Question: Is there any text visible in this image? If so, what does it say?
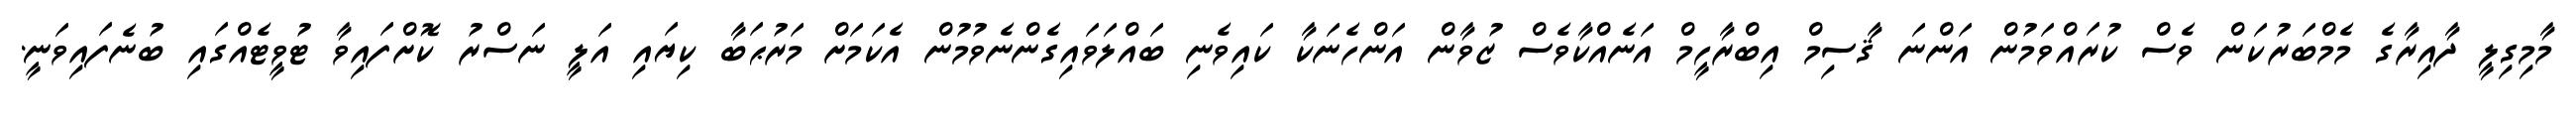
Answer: މާމިގިލީ ދާއިރާގެ މެމްބަރުކަން ވެސް ކުރައްވަމުން އަންނަ ޤާސިމް އިބްރާހީމް އަނެއްކާވެސް ޒުވާން އަންހެނަކާ ކައިވެނި ބައްލަވައިގެންނެވުމުން އެކަމަށް މަރުޙަބާ ކިޔައި އަލީ ނަސްރު ކޮށްފައިވާ ޓުވީޓެއްގައި ބުނެފައިވަނީ.